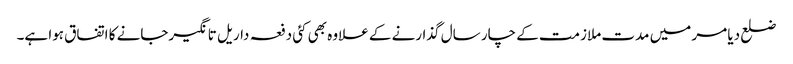
ضلع دیا مر میں مدت ملازمت کے چار سال گذارنے کے علاوہ بھی کئی دفعہ داریل تانگیرجانے کا اتفاق ہوا ہے۔